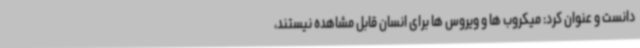
دانست و عنوان کرد: میکروب ها و ویروس ها برای انسان قابل مشاهده نیستند،